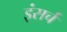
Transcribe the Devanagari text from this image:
इंसर्च